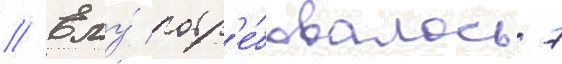
// Ему́ потр'е́бовалось 7